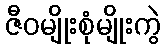
ဇီဝမျိုးစုံမျိုးကွဲ